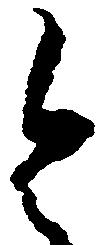
令